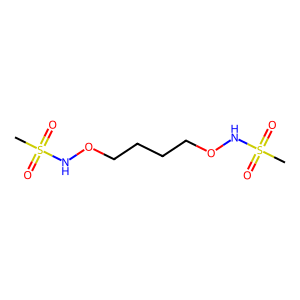
SMILES: CS(=O)(=O)NOCCCCONS(C)(=O)=O
Inhibits HIV replication: No